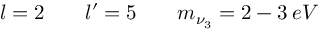
l = 2 \; \; \; \; \; \; \; l ^ { \prime } = 5 \; \; \; \; \; \; \; m _ { \nu _ { 3 } } = 2 - 3 \: e V